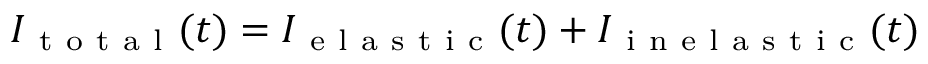
I _ { \mathrm { ~ t ~ o ~ t ~ a ~ l ~ } } ( t ) = I _ { \mathrm { ~ e ~ l ~ a ~ s ~ t ~ i ~ c ~ } } ( t ) + I _ { \mathrm { ~ i ~ n ~ e ~ l ~ a ~ s ~ t ~ i ~ c ~ } } ( t )